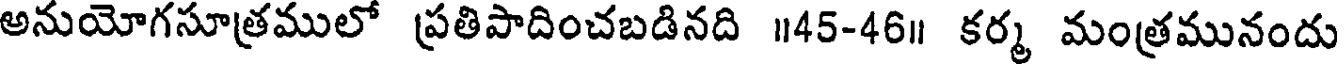
అనుయోగసూత్రములో ప్రతిపాదించబడినది ॥45-46॥ కర్మ మంత్రమునందు